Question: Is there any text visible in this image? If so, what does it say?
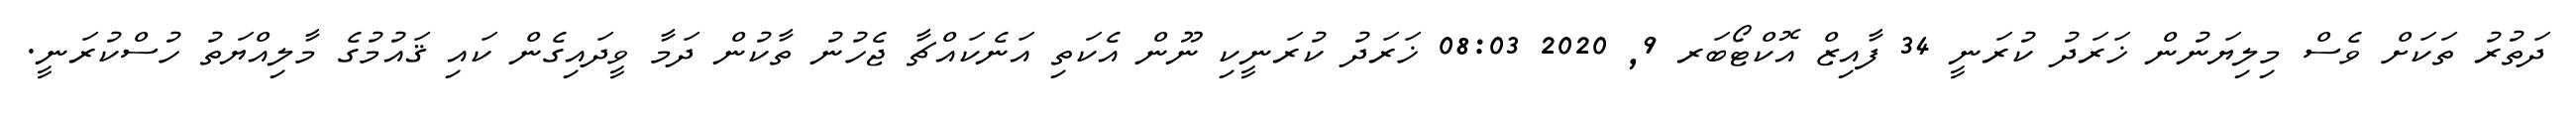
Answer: ދަތުރު ތަކަށް ވެސް މިލިޔަނުން ޚަރަދު ކުރަނީ 34 ފާއިޒް އޮކްޓޯބަރ 9, 2020 08:03 ޚަރަދު ކުރަނީކި ނޫން އެކަތި އަނެކައްޗާ ޖެހުނު ތާކުން ދަމާ ވީދައިގެން ކައި ޤައުމުގެ މާލިއްޔަތު ހުސްކުރަނީ.